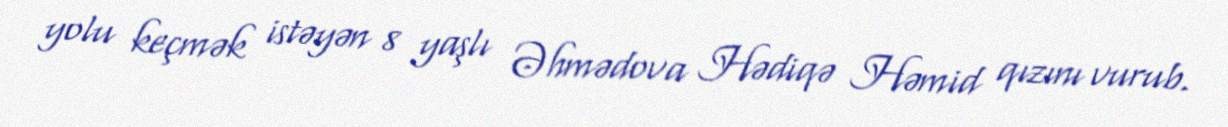
yolu keçmək istəyən 8 yaşlı Əhmədova Hədiqə Həmid qızını vurub.